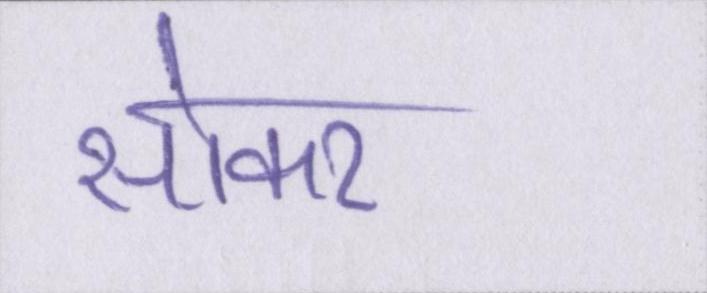
सोकर